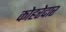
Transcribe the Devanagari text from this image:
कोहरेदार